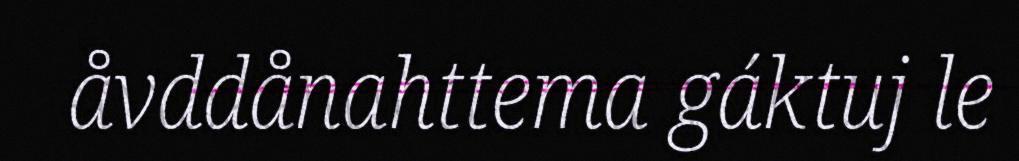
åvddånahttema gáktuj le